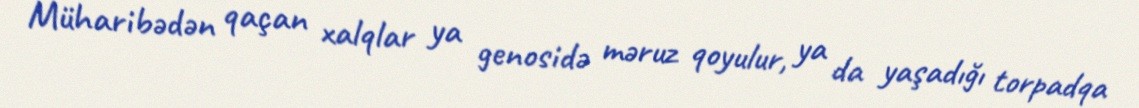
Müharibədən qaçan xalqlar ya genosidə məruz qoyulur, ya da yaşadığı torpadqa